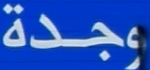
وجدة